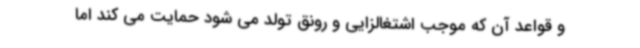
و قواعد آن که موجب اشتغالزایی و رونق تولد می شود حمایت می کند اما